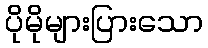
ပိုမိုများပြားသော